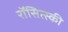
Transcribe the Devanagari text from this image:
रॉसित्स्की